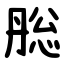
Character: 㥖